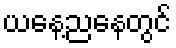
ယနေ့ညနေတွင်